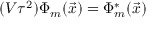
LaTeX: ( V \tau ^ { 2 } ) \Phi _ { m } ( { \vec { x } } ) = \Phi _ { m } ^ { \ast } ( { \vec { x } } )